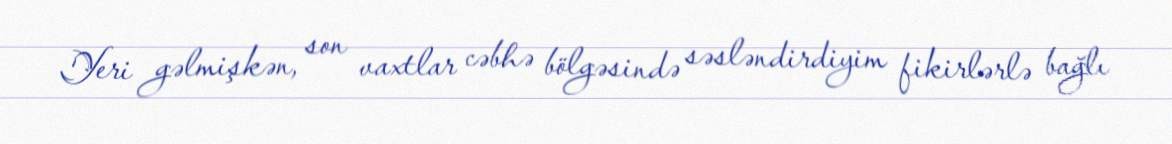
Yeri gəlmişkən, son vaxtlar cəbhə bölgəsində səsləndirdiyim fikirlərlə bağlı